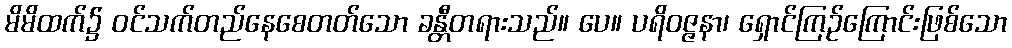
မိမိထက်၌ ဝင်သက်တည်နေစေတတ်သော ခန္တီတရားသည်။ ပေ။ ပရိဝဇ္ဇနာ၊ ရှောင်ကြဉ်ကြောင်းဖြစ်သော